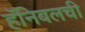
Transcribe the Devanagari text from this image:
हॅनिबलची